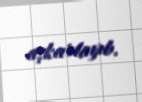
aşkarlayıb.